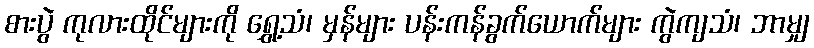
စားပွဲ ကုလားထိုင်များကို ရွှေ့သံ၊ မှန်များ ပန်းကန်ခွက်ယောက်များ ကွဲကျသံ၊ ဘာမျှ